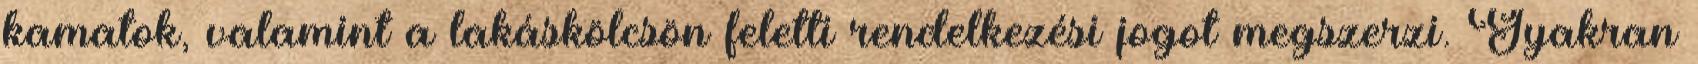
kamatok, valamint a lakáskölcsön feletti rendelkezési jogot megszerzi. Gyakran